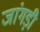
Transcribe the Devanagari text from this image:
जांगड़ी